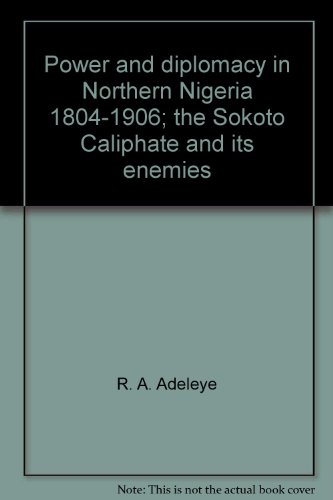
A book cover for Power and diplomacy in Northern Nigeria, 1804-1906;: The Sokoto Caliphate and its enemies (Ibadan history series); R. A Adeleye; History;